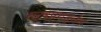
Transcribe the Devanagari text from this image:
सर्वप्रयत्नेन